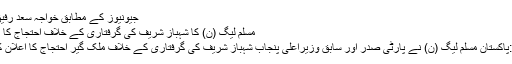
جیونیوز کے مطابق خواجہ سعد رفیق …
مسلم لیگ (ن) کا شہباز شریف کی گرفتاری کے خلاف احتجاج کا اعلان
لاہور:پاکستان مسلم لیگ (ن) نے پارٹی صدر اور سابق وزیراعلیٰ پنجاب شہباز شریف کی گرفتاری کے خلاف ملک گیر احتجاج کا اعلان کردیا۔